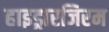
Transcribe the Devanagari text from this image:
हाइड्रारजिरम